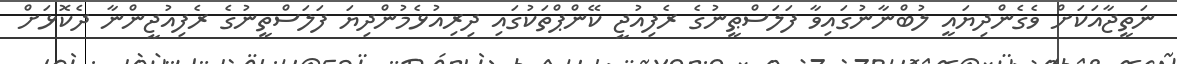
ނަތީޖާއަކަށް ވެގެންދިޔައީ ލުބްނާނުގައިވާ ފަލަސްޠީނުގެ ރެފިއުޖީ ކޭންޕްތަކުގައި ދިރިއުޅެމުންދިޔަ ފަލަސްތީނުގެ ރެފިއުޖީންނާ ދެކޮޅަށް